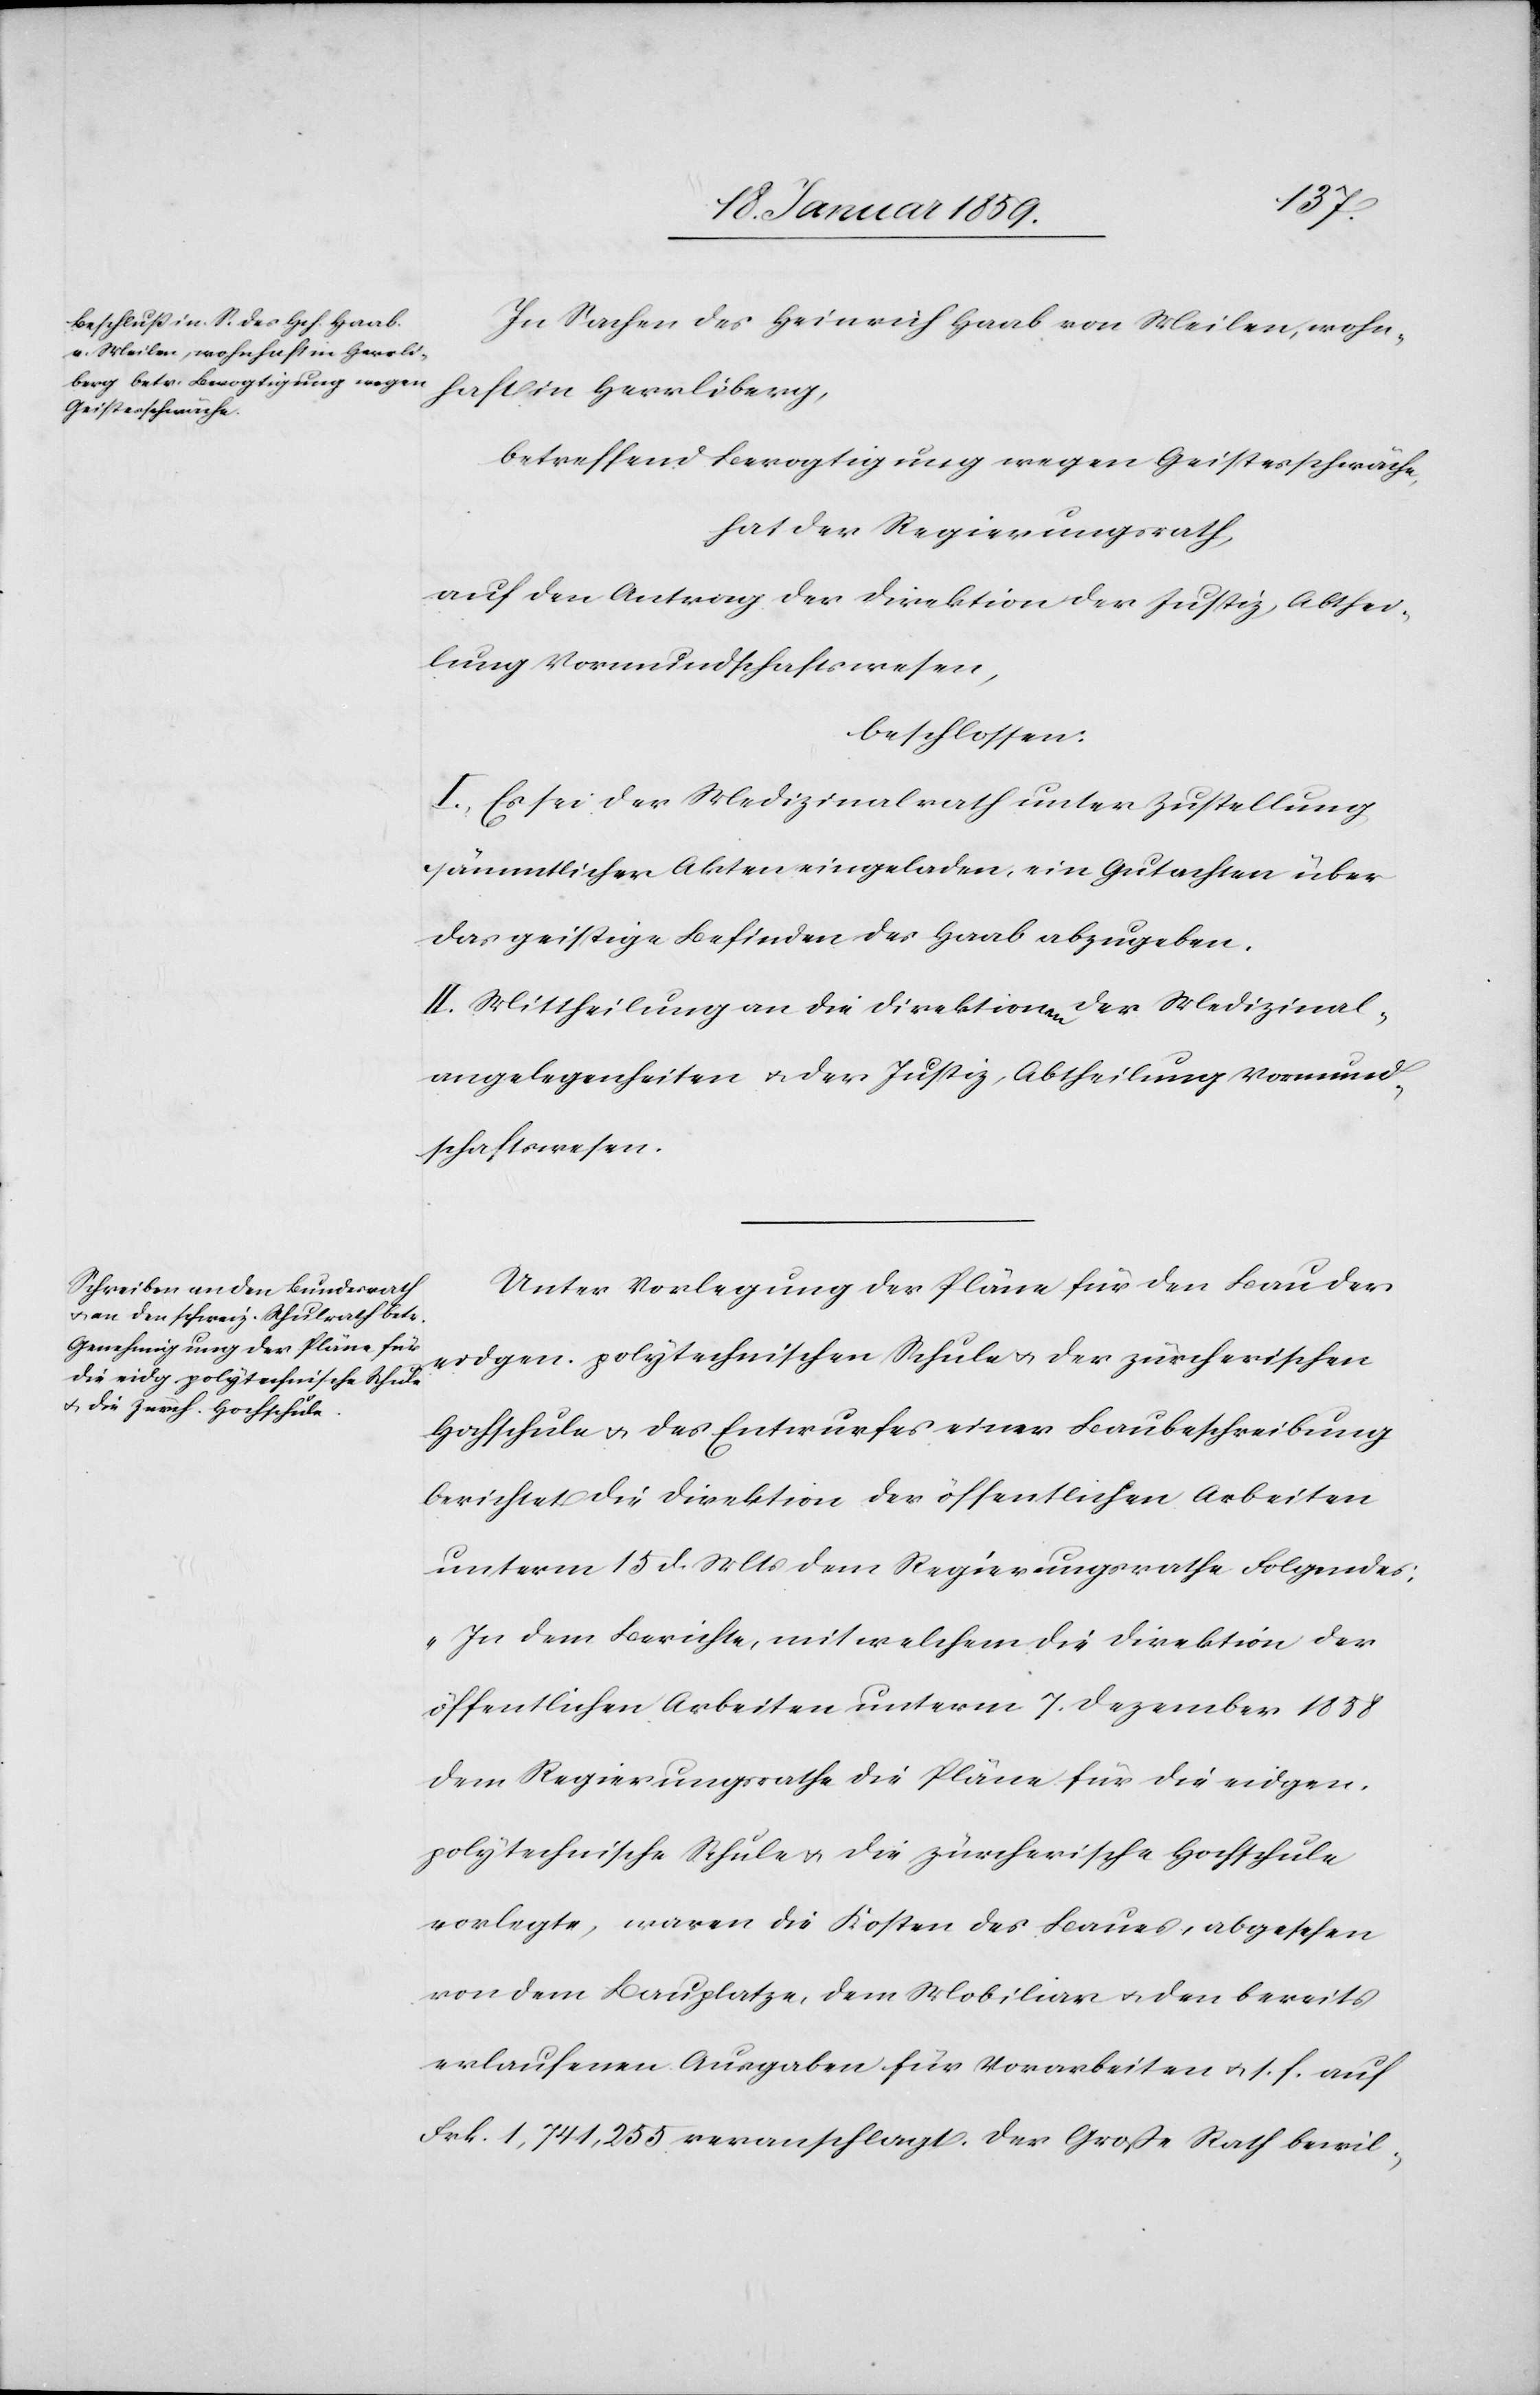
In Sachen des Heinrich Haab von Meilen, wohn¬
haft in Herrliberg,
betreffend Bevogtigung wegen Geistesschwäche,
hat der Regierungsrath,
auf den Antrag der Direktion der Justiz, Abthei¬
lung Vormundschaftswesen,
beschlossen:
I. Es sei der Medizinalrath unter Zustellung
sämmtlicher Akten eingeladen, ein Gutachten über
das geistige Befinden des Haab abzugeben.
II. Mittheilung an die Direktionen der Medizinal¬
angelegenheiten u. der Justiz, Abtheilung Vormund¬
schaftswesen.
Unter Vorlegung der Pläne für den Bau der
eidgen. polytechnischen Schule u. der zürcherischen
Hochschule u. des Entwurfes einer Baubeschreibung
berichtet die Direktion der öffentlichen Arbeiten
unterm 15 d. Mts dem Regierungsrathe Folgendes:
„In dem Berichte, mit welchem die Direktion der
öffentlichen Arbeiten unterm 7. Dezember 1858
dem Regierungsrathe die Pläne für die eidgen.
polytechnische Schule u. die zürcherische Hochschule
vorlegte, waren die Kosten des Baues, abgesehen
von dem Bauplatze, dem Mobiliar u. den bereits
erlaufenen Ausgaben für Vorarbeiten u. s. f. auf
Frk. 1,741,255. veranschlagt. Der Große Rath bewil-